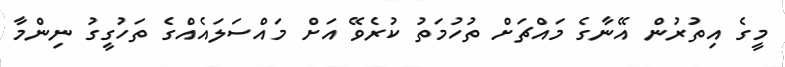
މީގެ އިތުރުން އޭނާގެ މައްޗަށް ތުހުމަތު ކުރެވޭ އަށް މައްސަލައެއްގެ ތަހުގީގު ނިންމާ